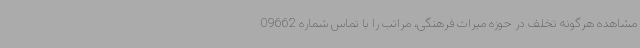
مشاهده هرگونه تخلف در حوزه میراث فرهنگی، مراتب را با تماس شماره 09662